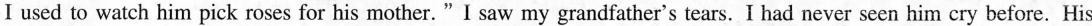
I used to watch him pick roses for his mother."I saw my grandfather's tears. I had never seen him cry before. His